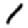
Digit: 1